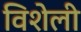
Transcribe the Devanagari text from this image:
विशेली